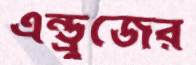
এন্ড্রুজের